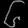
Digit: ၆